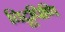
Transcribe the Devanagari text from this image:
चिद्रूपिणि